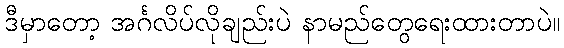
ဒီမှာတော့ အင်္ဂလိပ်လိုချည်းပဲ နာမည်တွေရေးထားတာပဲ။